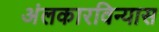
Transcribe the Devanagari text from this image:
अंलकारविन्यास